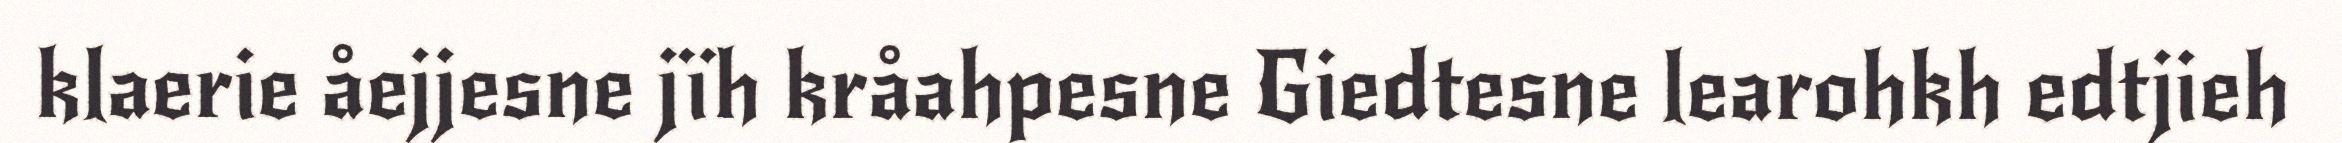
klaerie åejjesne jïh kråahpesne Giedtesne learohkh edtjieh